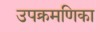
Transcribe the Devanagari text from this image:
उपक्रमणिका